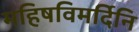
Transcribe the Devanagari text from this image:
महिषविमर्दिनि